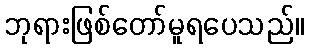
ဘုရားဖြစ်တော်မူရပေသည်။